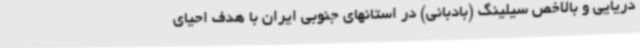
دریایی و بالاخص سیلینگ (بادبانی) در استانهای جنوبی ایران با هدف احیای